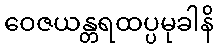
ဝေဇယန္တရထပ္ပမုခါနိ